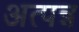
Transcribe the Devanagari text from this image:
अत्पन्न